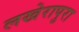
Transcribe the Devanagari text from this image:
लखेरापुरा